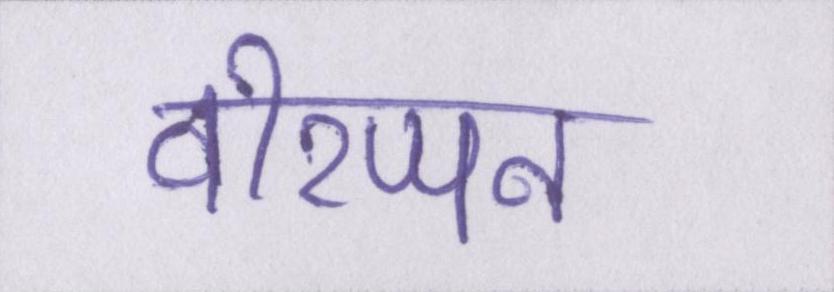
वीरप्पन